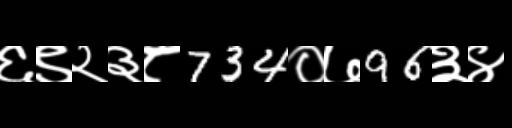
Text: ६९२३८734०७96३४